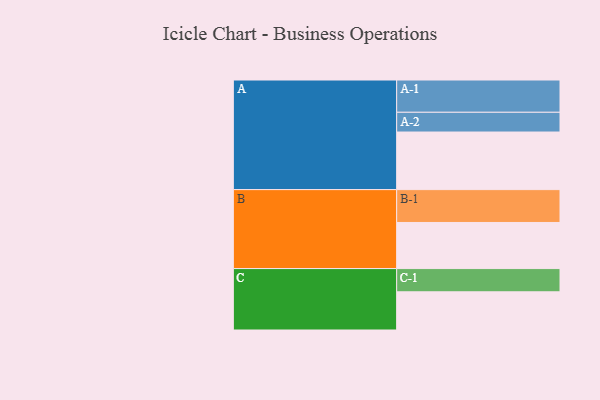
{"axis": {"x": "Segment", "y": "Value"}, "legend": ["", "A", "B", "C"], "data": [{"x": "A", "y": 496, "type": ""}, {"x": "B", "y": 397, "type": ""}, {"x": "C", "y": 329, "type": ""}, {"x": "A-1", "y": 278, "type": "A"}, {"x": "A-2", "y": 170, "type": "A"}, {"x": "B-1", "y": 283, "type": "B"}, {"x": "C-1", "y": 200, "type": "C"}]}